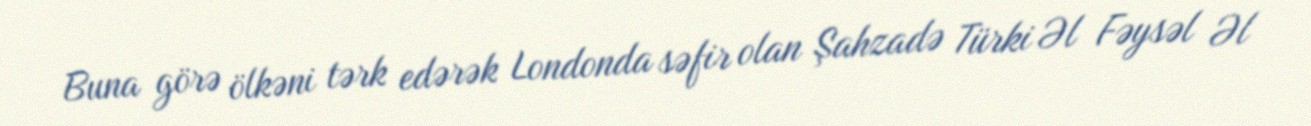
Buna görə ölkəni tərk edərək Londonda səfir olan Şahzadə Türki Əl Fəysəl Əl